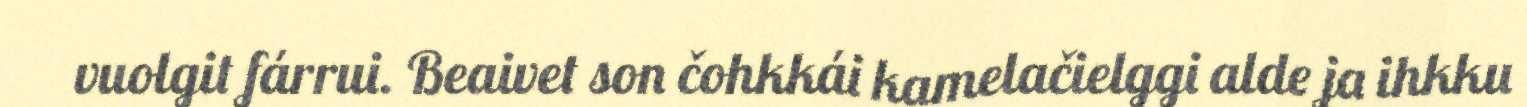
vuolgit fárrui. Beaivet son čohkkái kamelačielggi alde ja ihkku